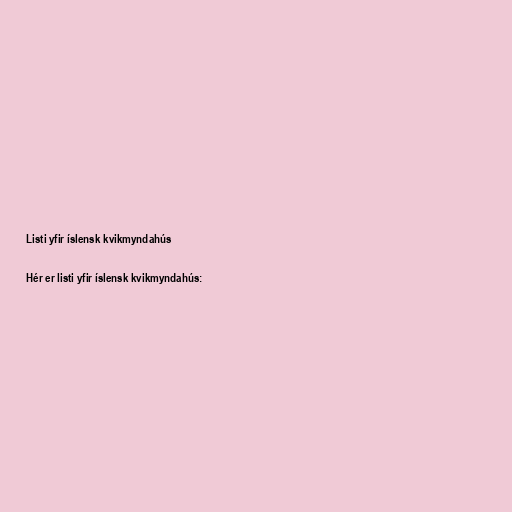
Listi yfir íslensk kvikmyndahús

Hér er listi yfir íslensk kvikmyndahús: